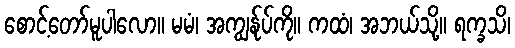
စောင့်တော်မူပါလော။ မမံ၊ အကျွန်ုပ်ကို။ ကထံ၊ အဘယ်သို့။ ရက္ခသိ၊